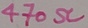
Text: 470Ω